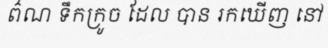
ព៌ណ ទឹកក្រូច ដែល បាន រកឃើញ នៅ